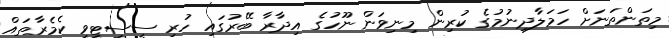
މިތަންތަނަށް ހަމަލާދިނުމުގެ ކުރިން މިނިވަން ނޫހުގެ އިދާރާ ބޭރުގައި ހުރި ސީސީޓީވީ ކެމެރާތައް